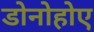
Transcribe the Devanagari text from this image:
डोनोहोए